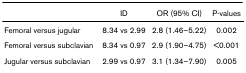
|  | ID | OR (95% CI) | P-values |
 | --- | --- | --- | --- |
 | Femoral versus jugular | 8.34 vs 2.99 | 2.8 (1.46–5.22) | 0.002 |
 | Femoral versus subclavian | 8.34 vs 0.97 | 2.9 (1.90–4.75) | <0.001 |
 | Jugular versus subclavian | 2.99 vs 0.97 | 3.1 (1.34–7.90) | 0.005 |